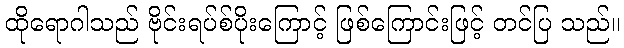
ထိုရောဂါသည် ဗိုင်းရပ်စ်ပိုးကြောင့် ဖြစ်ကြောင်းဖြင့် တင်ပြ သည်။